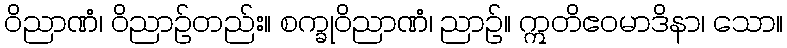
ဝိညာဏံ၊ ဝိညာဉ်တည်း။ စက္ခုဝိညာဏံ၊ ညာဉ်။ ဣတိဧဝမာဒိနာ၊ သော။